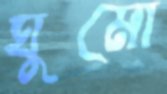
ঘুমো